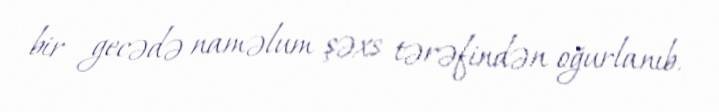
bir gecədə naməlum şəxs tərəfindən oğurlanıb.